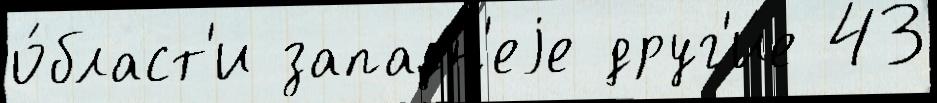
о́бласт'и западн'еjе друг'и́е 43